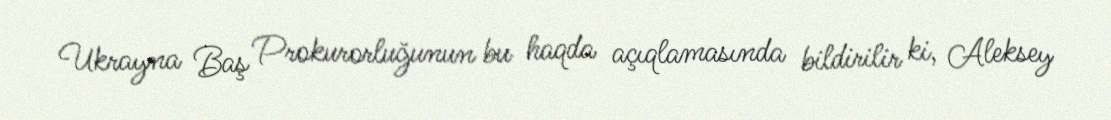
Ukrayna Baş Prokurorluğunun bu haqda açıqlamasında bildirilir ki, Aleksey